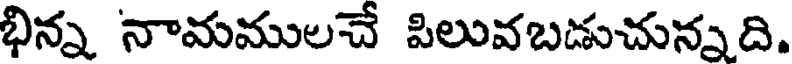
భిన్న నామములచే పిలువబడుచున్నది.